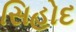
સિહોદ